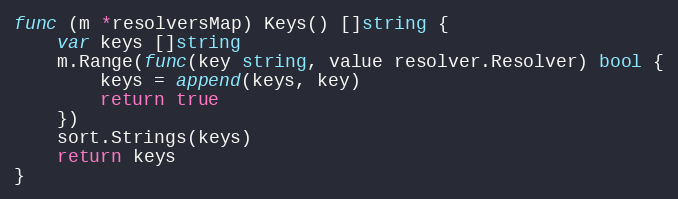
Language: Go
func (m *resolversMap) Keys() []string {
	var keys []string
	m.Range(func(key string, value resolver.Resolver) bool {
		keys = append(keys, key)
		return true
	})
	sort.Strings(keys)
	return keys
}